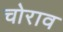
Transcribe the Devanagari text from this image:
चोराव